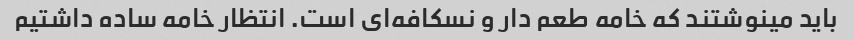
باید مینوشتند که خامه طعم دار و نسکافه‌ای است. انتظار خامه ساده داشتیم